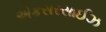
એકસરસાઈઝ